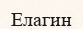
Елагин